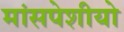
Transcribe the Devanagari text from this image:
मांसपेशीयो